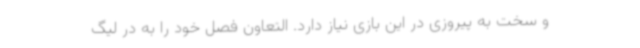
و سخت به پیروزی در این بازی نیاز دارد. التعاون فصل خود را به در لیگ